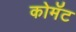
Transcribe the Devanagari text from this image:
कोमॅट